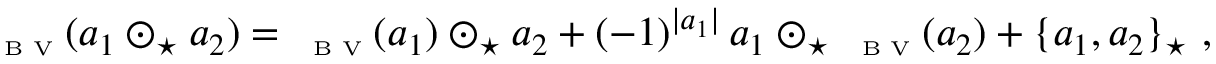
\begin{array} { r } { { \mathsf \Delta } _ { \textrm { \tiny B V } } ( a _ { 1 } \odot _ { \star } a _ { 2 } ) = { \mathsf \Delta } _ { \textrm { \tiny B V } } ( a _ { 1 } ) \odot _ { \star } a _ { 2 } + ( - 1 ) ^ { \vert a _ { 1 } \vert } \, a _ { 1 } \odot _ { \star } { \mathsf \Delta } _ { \textrm { \tiny B V } } ( a _ { 2 } ) + \{ a _ { 1 } , a _ { 2 } \} _ { \star } \ , } \end{array}